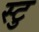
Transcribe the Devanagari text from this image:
स्टु